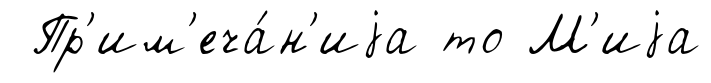
Пр'им'еча́н'иjа то М'иjа